65_HS1-834228961_62-HQ-83894_Section_1
Agency: FBI
Page 112
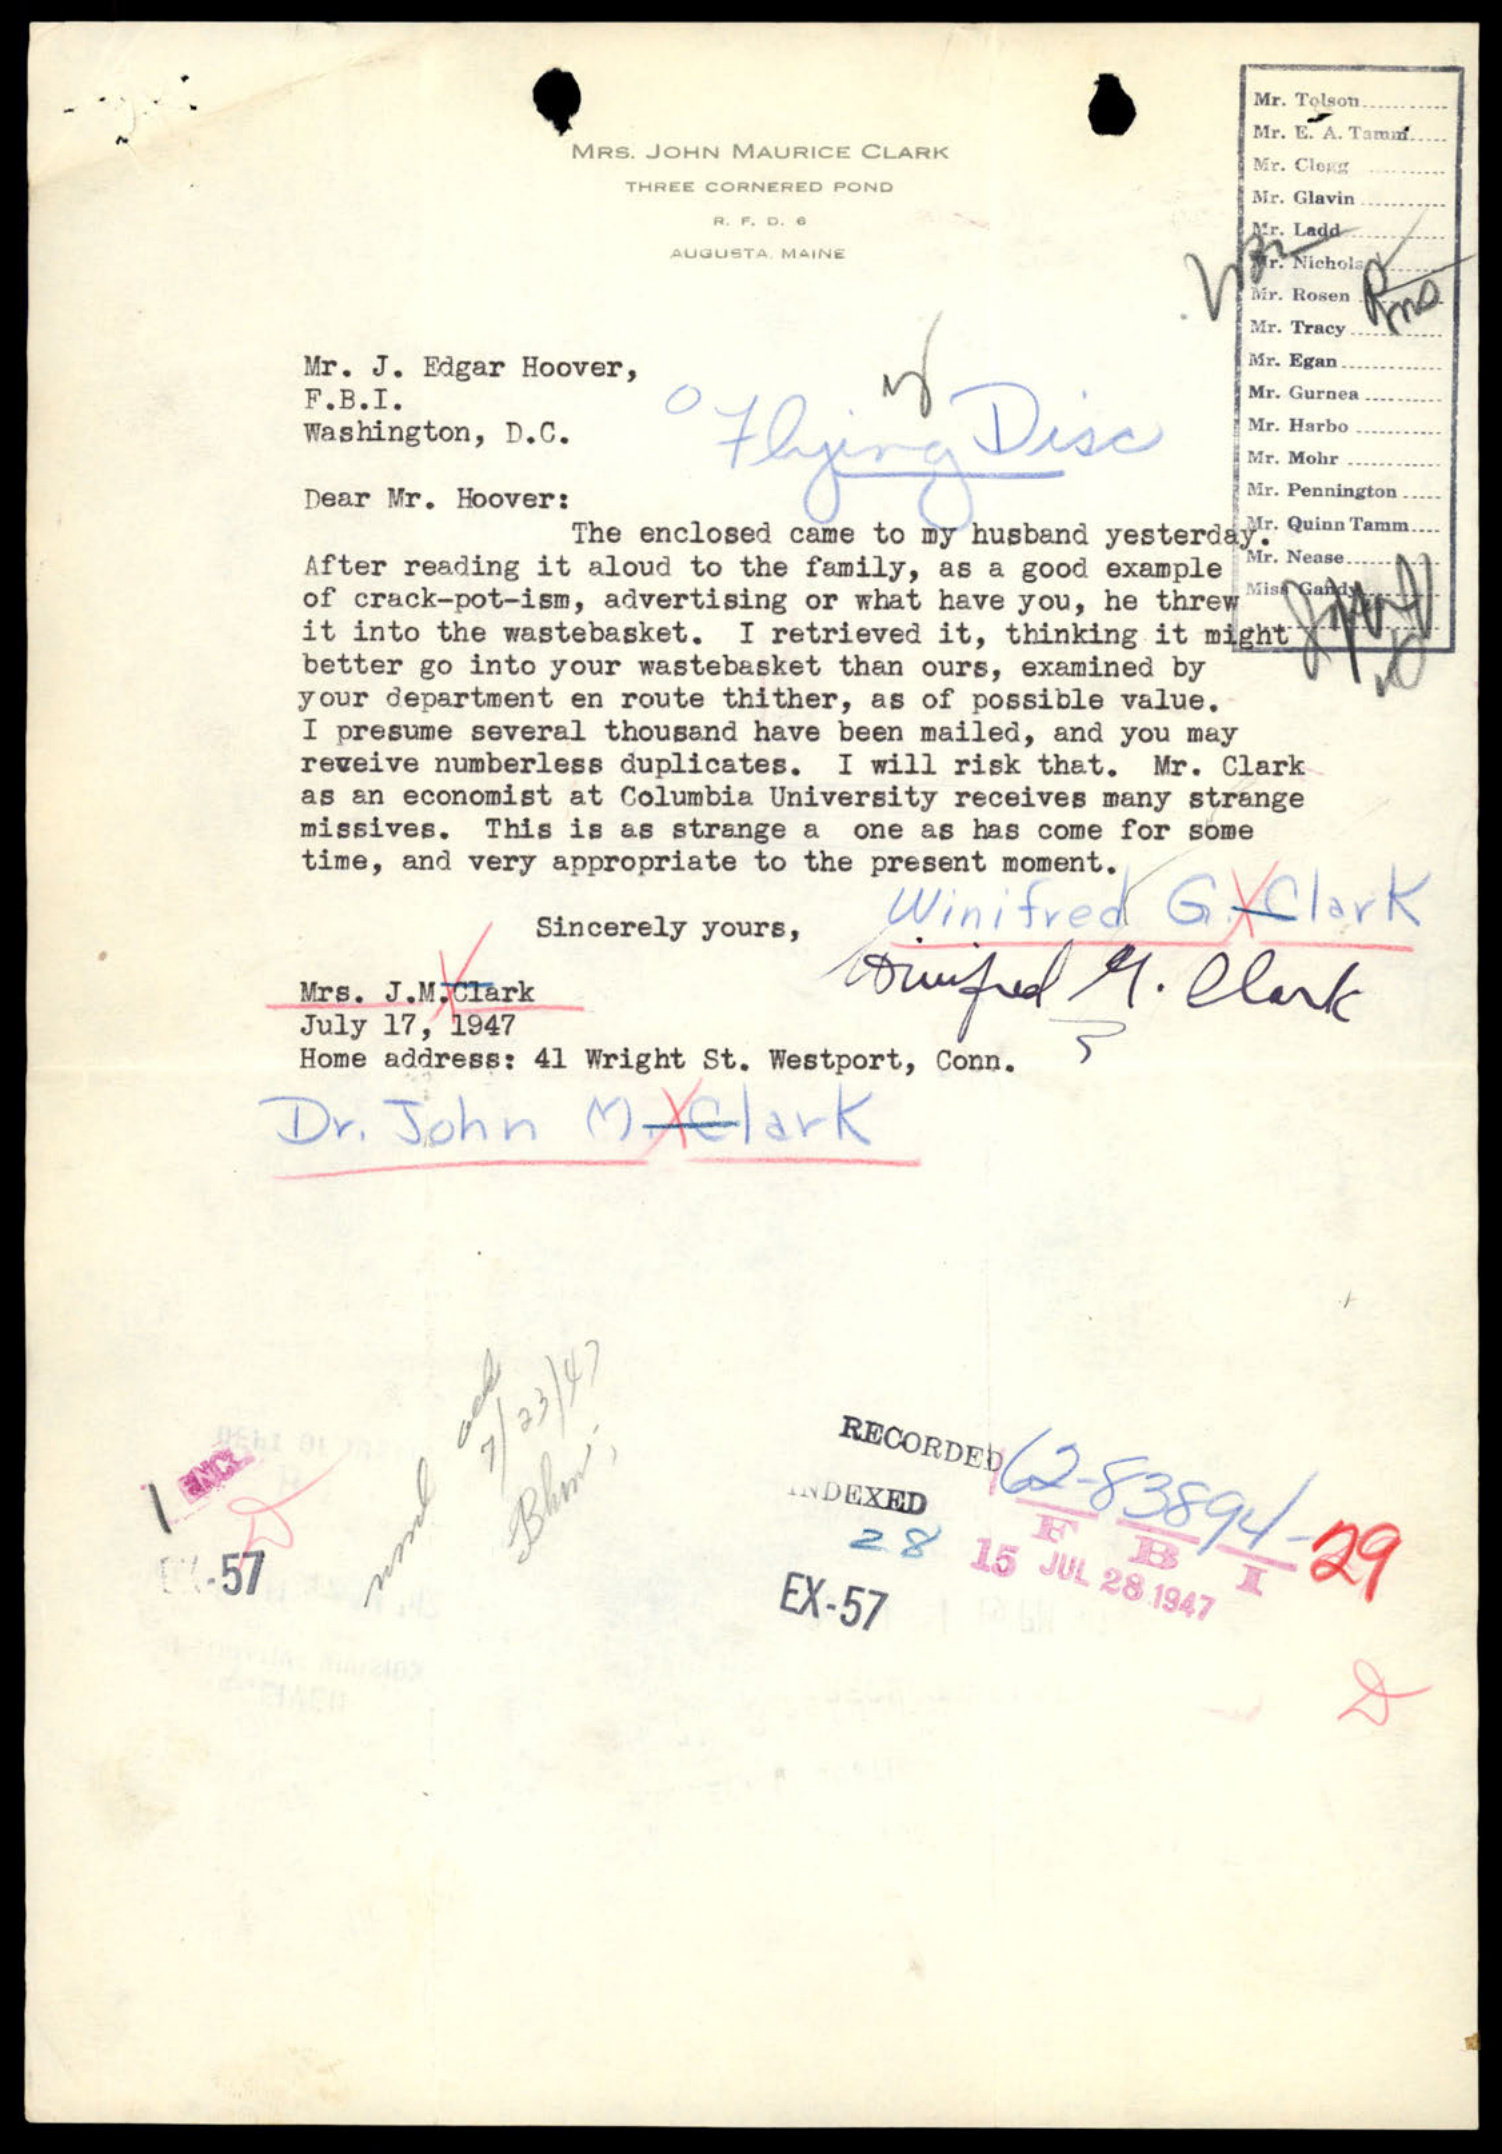